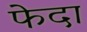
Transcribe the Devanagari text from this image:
फेदा